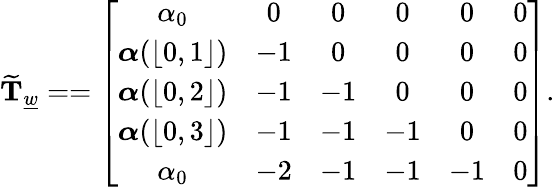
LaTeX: \widetilde{\mathbf{T}}_{\underline{{w}}}==\left[\begin{array}{cccccc}{\alpha_{0}}&{0}&{0}&{0}&{0}&{0}\\ {\boldsymbol{\alpha}(\lfloor 0,1\rfloor)}&{-1}&{0}&{0}&{0}&{0}\\ {\boldsymbol{\alpha}(\lfloor 0,2\rfloor)}&{-1}&{-1}&{0}&{0}&{0}\\ {\boldsymbol{\alpha}(\lfloor 0,3\rfloor)}&{-1}&{-1}&{-1}&{0}&{0}\\ {\alpha_{0}}&{-2}&{-1}&{-1}&{-1}&{0}\end{array}\right].